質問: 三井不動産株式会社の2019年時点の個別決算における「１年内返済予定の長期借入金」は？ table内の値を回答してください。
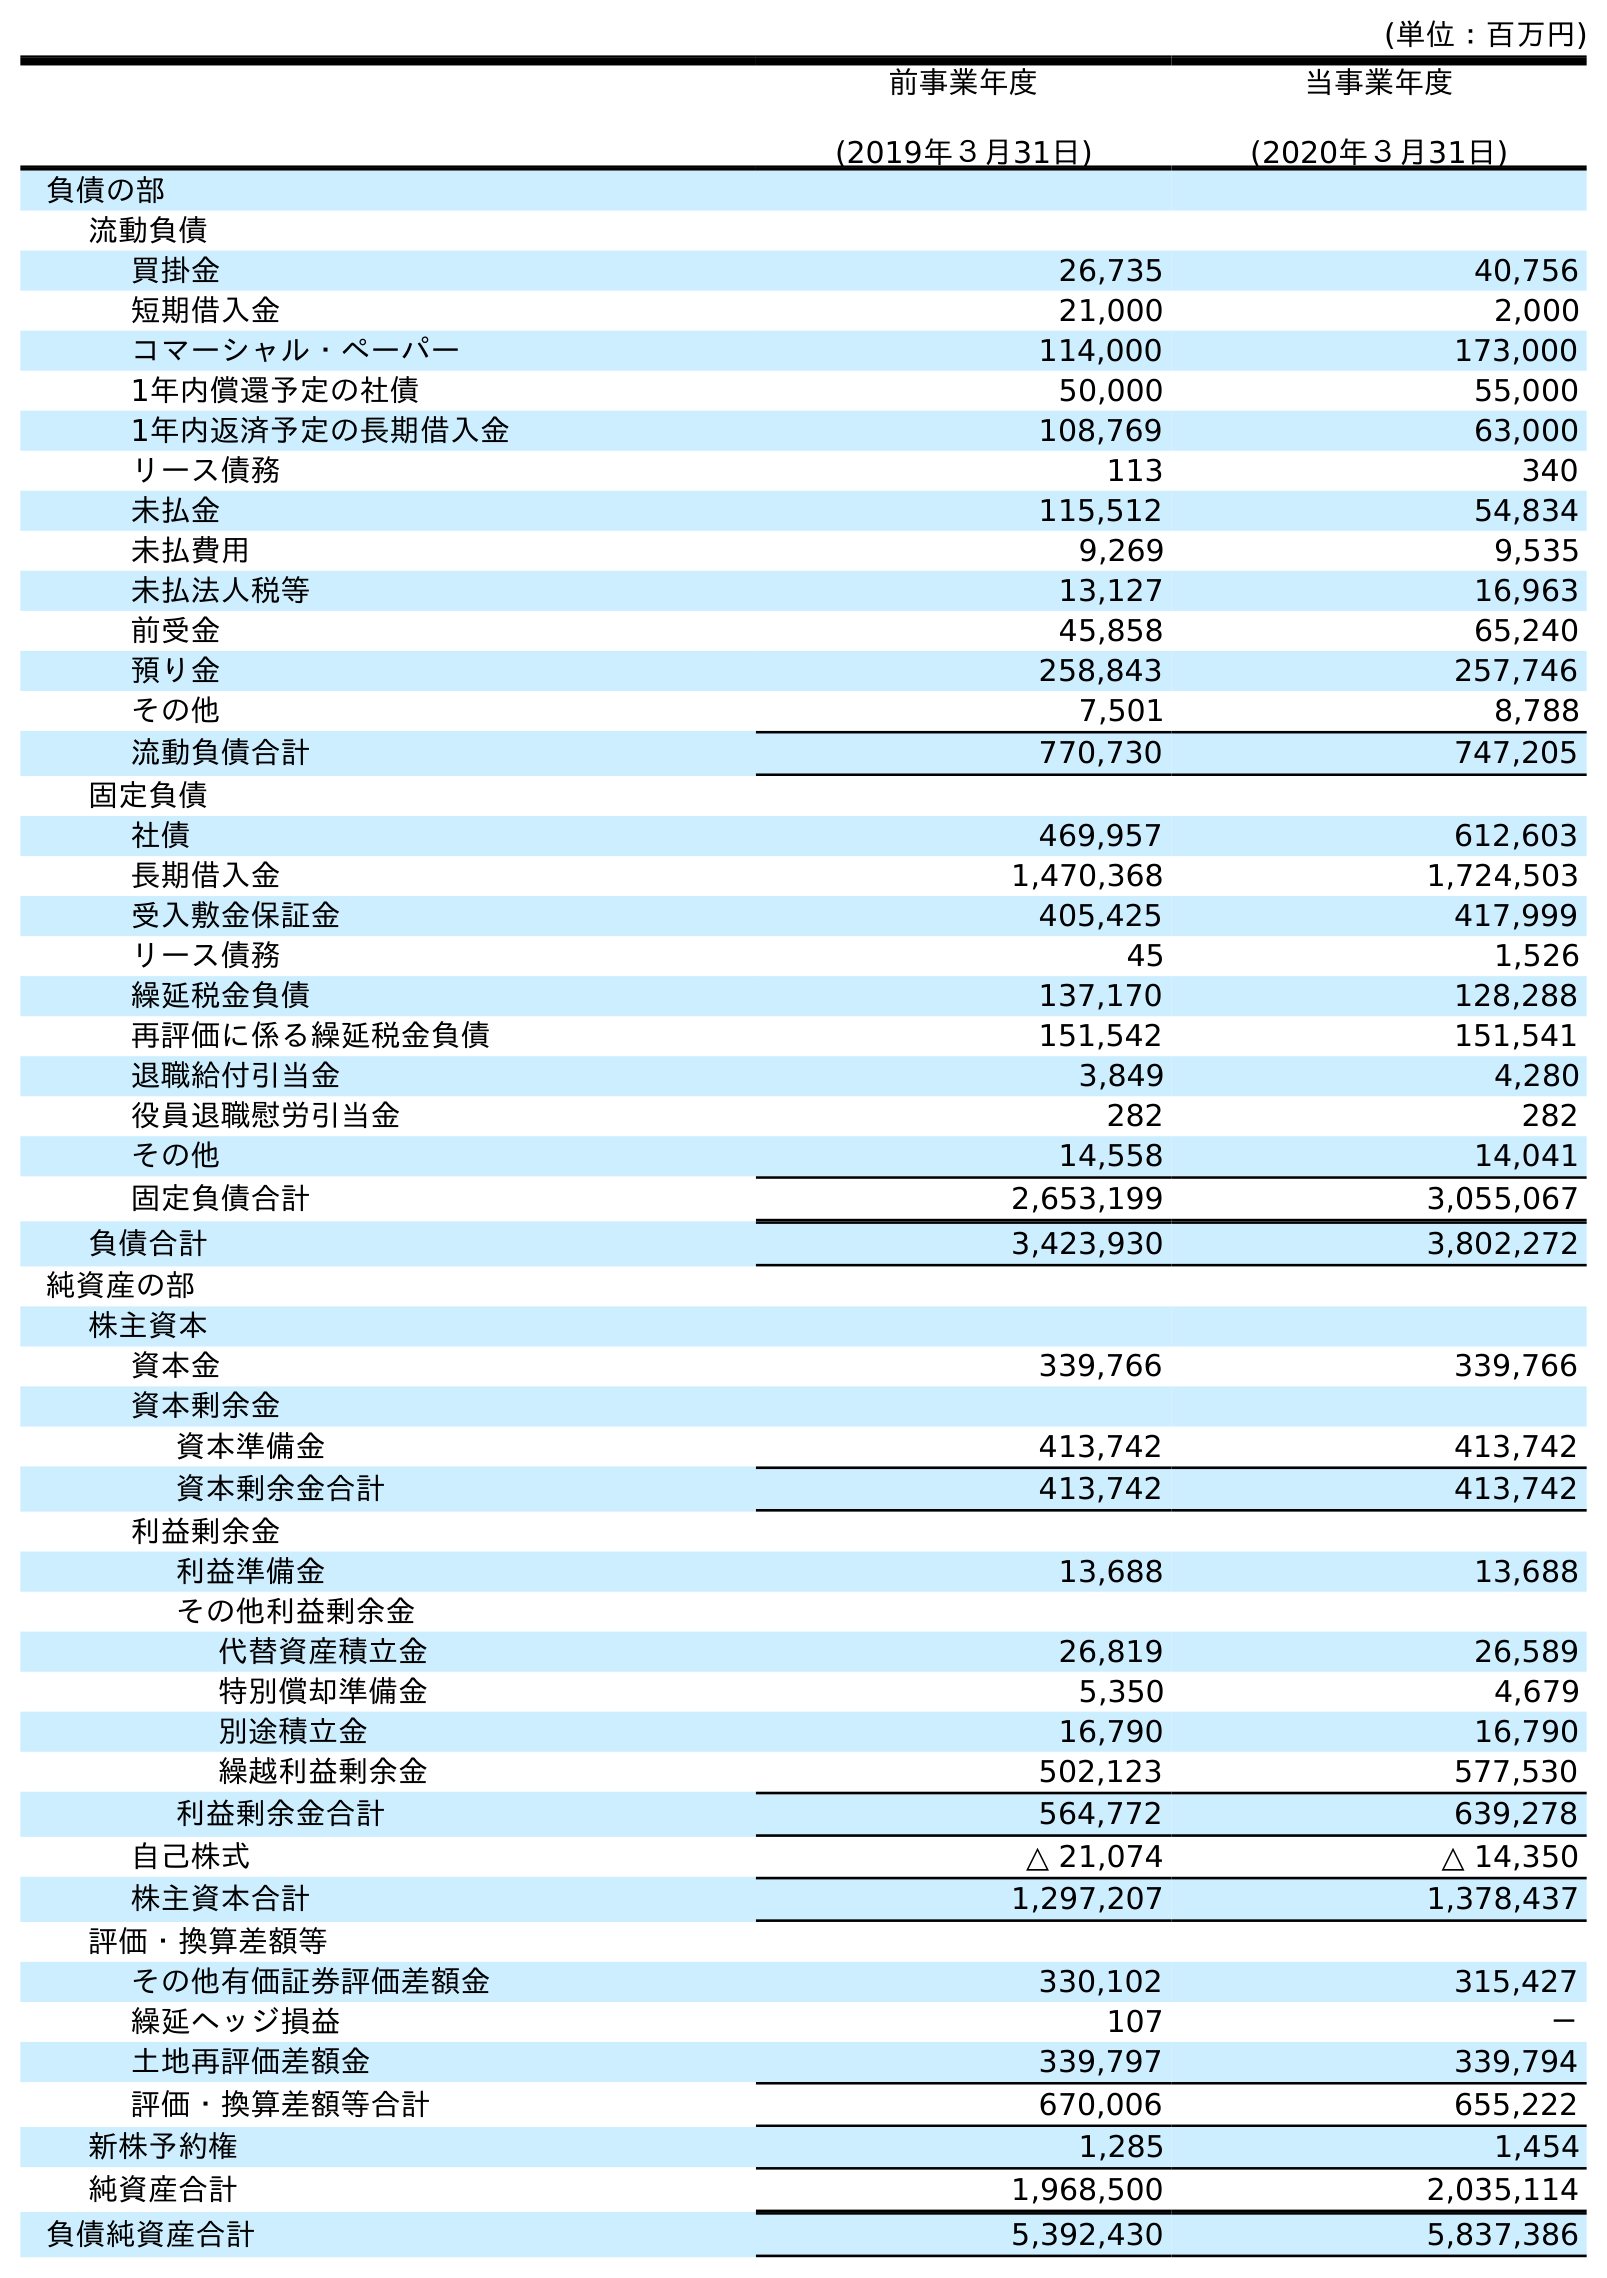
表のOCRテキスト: (単位：百万円) 前事業年度 (2019年３月31日) 当事業年度 (2020年３月31日) 負債の部 流動負債 買掛金 26,735 40,756 短期借入金 21,000 2,000 コマーシャル・ペーパー 114,000 173,000 1年内償還予定の社債 50,000 55,000 1年内返済予定の長期借入金 108,769 63,000 リース債務 113 340 未払金 115,512 54,834 未払費用 9,269 9,535 未払法人税等 13,127 16,963 前受金 45,858 65,240 預り金 258,843 257,746 その他 7,501 8,788 流動負債合計 770,730 747,205 固定負債 社債 469,957 612,603 長期借入金 1,470,368 1,724,503 受入敷金保証金 405,425 417,999 リース債務 45 1,526 繰延税金負債 137,170 128,288 再評価に係る繰延税金負債 151,542 151,541 退職給付引当金 3,849 4,280 役員退職慰労引当金 282 282 その他 14,558 14,041 固定負債合計 2,653,199 3,055,067 負債合計 3,423,930 3,802,272 純資産の部 株主資本 資本金 339,766 339,766 資本剰余金 資本準備金 413,742 413,742 資本剰余金合計 413,742 413,742 利益剰余金 利益準備金 13,688 13,688 その他利益剰余金 代替資産積立金 26,819 26,589 特別償却準備金 5,350 4,679 別途積立金 16,790 16,790 繰越利益剰余金 502,123 577,530 利益剰余金合計 564,772 639,278 自己株式 △ 21,074 △ 14,350 株主資本合計 1,297,207 1,378,437 評価・換算差額等 その他有価証券評価差額金 330,102 315,427 繰延ヘッジ損益 107 － 土地再評価差額金 339,797 339,794 評価・換算差額等合計 670,006 655,222 新株予約権 1,285 1,454 純資産合計 1,968,500 2,035,114 負債純資産合計 5,392,430 5,837,386
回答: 108,769